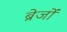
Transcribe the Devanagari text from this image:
ब्रेजों